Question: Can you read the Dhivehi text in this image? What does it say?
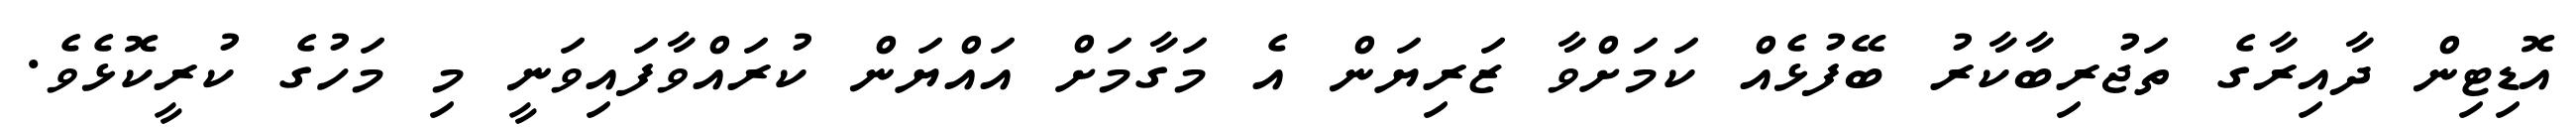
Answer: އޮޑިޓިން ދާއިރާގެ ތަޖުރިބާކާރު ބޭފުޅެއް ކަމަށްވާ ޒަރިޔަން އެ މަގާމަށް އައްޔަން ކުރައްވާފައިވަނީ މި މަހުގެ ކުރީކޮޅެވެ.